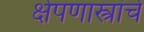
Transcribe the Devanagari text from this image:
क्षेपणास्त्रांचे